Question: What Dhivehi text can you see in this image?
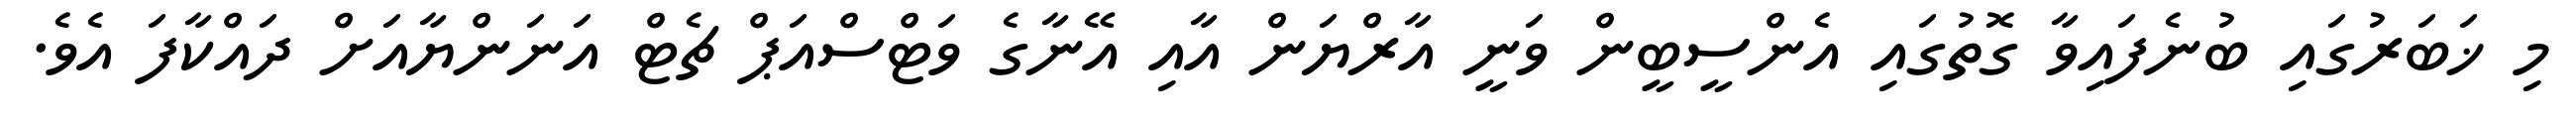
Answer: މި ޚަބަރުގައި ބުނެފައިވާ ގޮތުގައި އެންސީބީން ވަނީ އާރްޔަން އާއި އޭނާގެ ވަޓްސްއަޕް ޗެޓް އަނަންޔާއަށް ދައްކާފަ އެވެ.